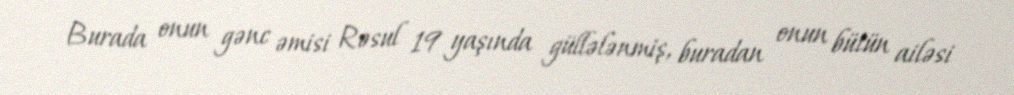
Burada onun gənc əmisi Rəsul 19 yaşında güllələnmiş, buradan onun bütün ailəsi